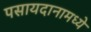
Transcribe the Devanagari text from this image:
पसायदानामध्ये